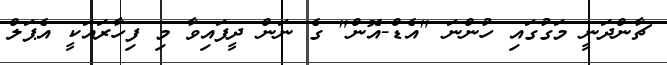
ޗާންދަނީ މަގުގައި ހުންނަ "އެޑް-އޮން" ގެ ނަން ދީފައިވާ މި ފިހާރައަކީ އެޕަލް